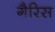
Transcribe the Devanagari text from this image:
गैरिस